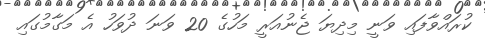
ކުރައްވާފައި ވަނީ މިދިޔަ ޖެނުއަރީ މަހުގެ 20 ވަނަ ދުވަހު އެ މަގާމުގައި